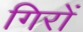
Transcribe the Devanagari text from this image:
गिरों